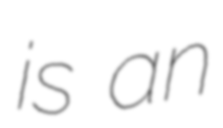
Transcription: is an